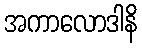
အကာလောဒါနိ